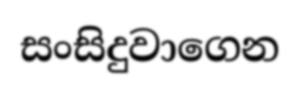
සංසිදුවාගෙන